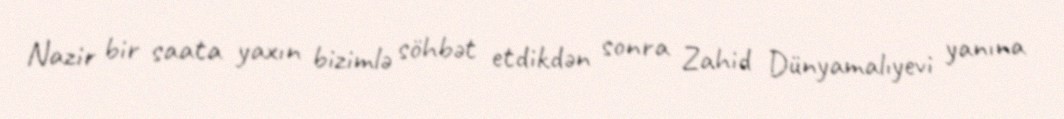
Nazir bir saata yaxın bizimlə söhbət etdikdən sonra Zahid Dünyamalıyevi yanına